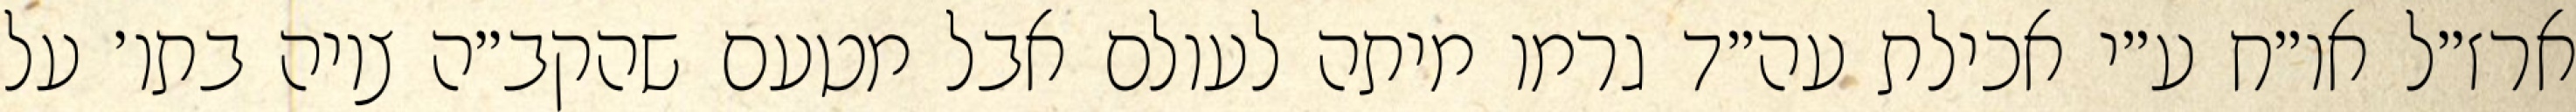
ארז״ל או״ח ע״י אכילת עה״ד גרמו מיתה לעולם אבל מטעם שהקב״ה ציוה בתו׳ על